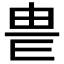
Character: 𤰴